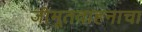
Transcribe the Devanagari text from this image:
जीमूतवाहनाचा